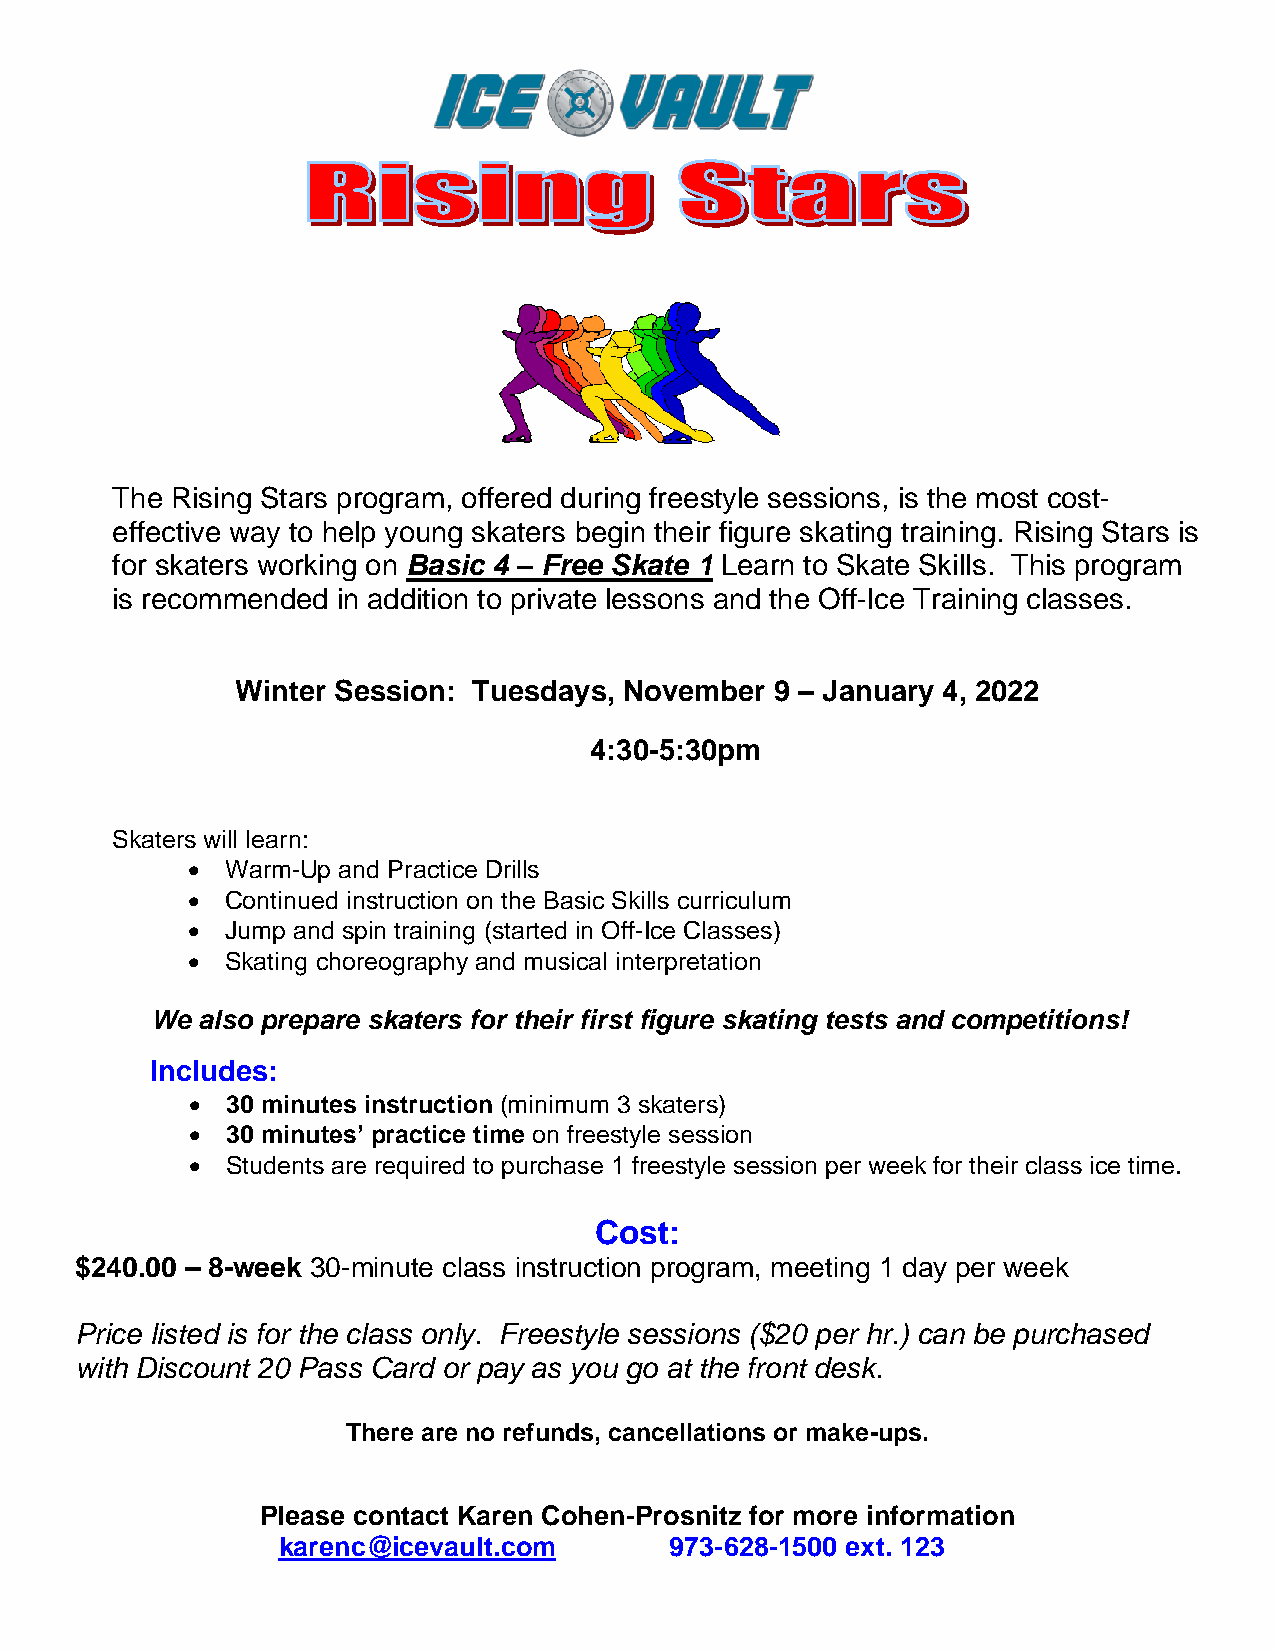
The Rising Stars program, offered during freestyle sessions, is the most cost-
 effective way to help young skaters begin their figure skating training. Rising Stars is
 for skaters working on Basic 4 – Free Skate 1 Learn to Skate Skills. This program
 is recommended in addition to private lessons and the Off-Ice Training classes.
 Winter Session: Tuesdays, November 9 – January 4, 2022
 4:30-5:30pm
 Skaters will learn:
 •  Warm-Up and Practice Drills
 •  Continued instruction on the Basic Skills curriculum
 •  Jump and spin training (started in Off-Ice Classes)
 •  Skating choreography and musical interpretation
 We also prepare skaters for their first figure skating tests and competitions!
 Includes:
 •  30 minutes instruction (minimum 3 skaters)
 •  30 minutes’ practice time on freestyle session
 •  Students are required to purchase 1 freestyle session per week for their class ice time.
 Cost:
 $240.00 – 8-week 30-minute class instruction program, meeting 1 day per week
 Price listed is for the class only. Freestyle sessions ($20 per hr.) can be purchased
 with Discount 20 Pass Card or pay as you go at the front desk.
 There are no refunds, cancellations or make-ups.
 Please contact Karen Cohen-Prosnitz for more information
 karenc@icevault.com       973-628-1500 ext. 123